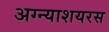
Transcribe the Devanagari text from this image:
अग्न्याशयरस